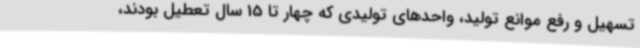
تسهیل و رفع موانع تولید، واحدهای تولیدی که چهار تا 15 سال تعطیل بودند،